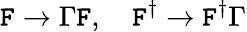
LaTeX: \mathtt{F}\rightarrow\Gamma\mathtt{F},\ \ \ \ \mathtt{F}^{\dagger}\rightarrow\mathtt{F}^{\dagger}\Gamma